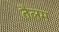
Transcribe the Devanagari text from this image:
तैलम